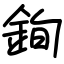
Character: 銁